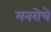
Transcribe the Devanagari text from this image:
मनरोचे